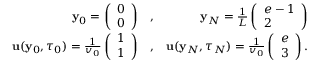
\begin{array} { r l r } { { \mathbf y } _ { 0 } = \left( \begin{array} { l } { 0 } \\ { 0 } \end{array} \right) } & { { } , } & { { \mathbf y } _ { N } = \frac { 1 } { L } \left( \begin{array} { l } { e - 1 } \\ { 2 } \end{array} \right) } \\ { { \mathbf u } ( { \mathbf y } _ { 0 } , \tau _ { 0 } ) = \frac { 1 } { v _ { 0 } } \left( \begin{array} { l } { 1 } \\ { 1 } \end{array} \right) } & { { } , } & { { \mathbf u } ( { \mathbf y } _ { N } , \tau _ { N } ) = \frac { 1 } { v _ { 0 } } \left( \begin{array} { l } { e } \\ { 3 } \end{array} \right) . } \end{array}